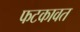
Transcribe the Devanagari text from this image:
फटकावत